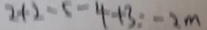
2 + 2 - 5 - 4 + 3 = - 3 m